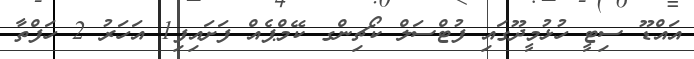
އައްޑޫ ސިޓީ ހުޅުމީދޫގައި ފުޓްސަލް ކޯޗިންގ ކޭމްޕެއް ފަށައިފި1 އަހަރު 2 ހަފްތާ